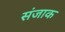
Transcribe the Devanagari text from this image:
संजाक